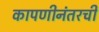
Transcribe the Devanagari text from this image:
कापणीनंतरची